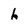
Character: h